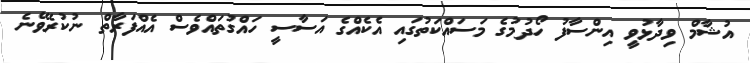
އުޝާމް ވިދާޅުވީ އިންސާފު ހޯދުމުގެ މަސައްކަތުގައި އެކެއްގެ އަސާސީ ހައްގުތައްވެސް އެއްފަރާތް ނުކުރެވޭނެ